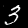
Digit: 3